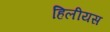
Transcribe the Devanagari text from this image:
हिलीयस